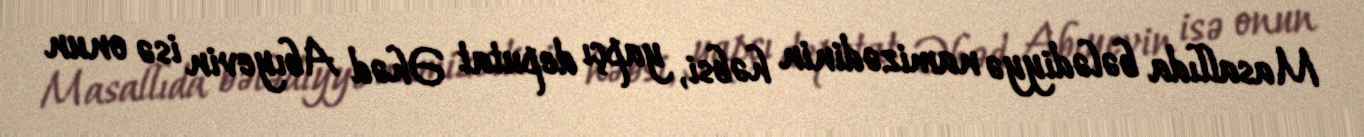
Masallıda bələdiyyə namizədinin həbsi, yapçı deputat Əhəd Abıyevin isə onun